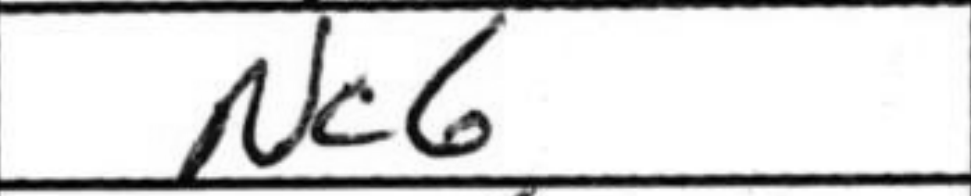
Transcription: Nc6